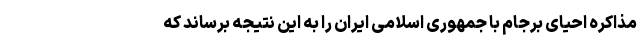
مذاکره احیای برجام با جمهوری اسلامی ایران را به این نتیجه برساند که